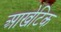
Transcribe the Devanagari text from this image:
आखेटिक